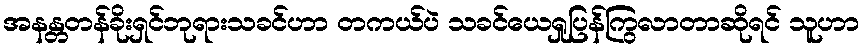
အနန္တတန်ခိုးရှင်ဘုရားသခင်ဟာ တကယ်ပဲ သခင်ယေရှုပြန်ကြွလာတာဆိုရင် သူဟာ